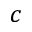
c